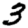
Digit: 3